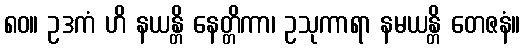
၈၀။ ဥဒကံ ဟိ နယန္တိ နေတ္တိကာ၊ ဥသုကာရာ နမယန္တိ တေဇနံ။